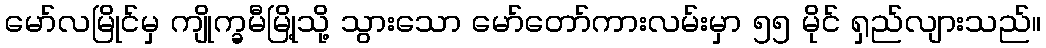
မော်လမြိုင်မှ ကျိုက္ခမီမြို့သို့ သွားသော မော်တော်ကားလမ်းမှာ ၅၅ မိုင် ရှည်လျားသည်။